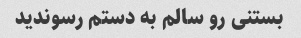
بستنی رو سالم به دستم رسوندید